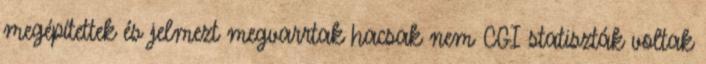
megépítettek és jelmezt megvarrtak hacsak nem CGI statiszták voltak